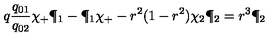
q { \frac { q _ { 0 1 } } { q _ { 0 2 } } } \chi _ { + } \P _ { 1 } - \P _ { 1 } \chi _ { + } - r ^ { 2 } ( 1 - r ^ { 2 } ) \chi _ { 2 } \P _ { 2 } = r ^ { 3 } \P _ { 2 }